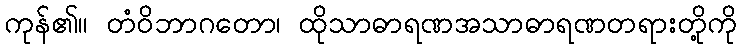
ကုန်၏။ တံဝိဘာဂတော၊ ထိုသာဓာရဏအသာဓာရဏတရားတို့ကို